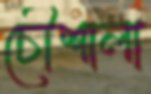
চৌশালা